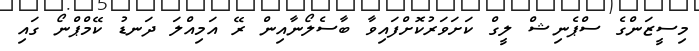
މިސީޒަންގެ ސްޕެނިޝް ލީގް ކަށަވަރުކޮށްފައިވާ ބާސެލޯނާއިން ރޭ އަމިއްލަ ދަނޑު ކޭމްޕްނޯ ގައި